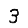
Digit: 3